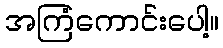
အကြံကောင်းပေါ့။